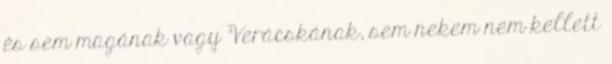
és sem magának vagy Verácskának, sem nekem nem kellett